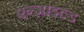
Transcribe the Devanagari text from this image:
एग्ज़ाइल्ड